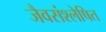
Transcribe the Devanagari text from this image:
जैवसंश्लेषित